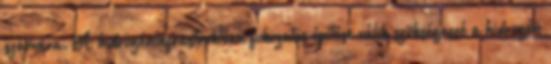
számára. A hidrogéninfrastruktúra fokozatos építése válik szükségessé a hidrogén